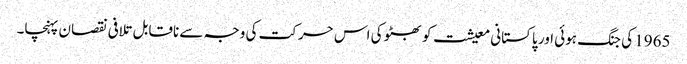
1965 کی جنگ ہوئی اور پاکستانی معیشت کو بھٹو کی اس حرکت کی وجہ سے ناقابل تلافی نقصان پہنچا۔